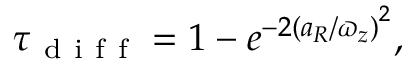
\tau _ { \mathrm { ~ d ~ i ~ f ~ f ~ } } = 1 - e ^ { - 2 \left( a _ { R } / \varpi _ { z } \right) ^ { 2 } } ,